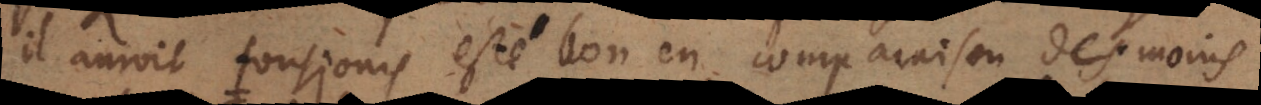
il auroit tousjours esté bon en comparaison des moins